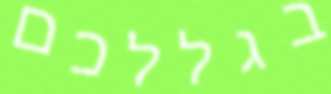
בגללכם